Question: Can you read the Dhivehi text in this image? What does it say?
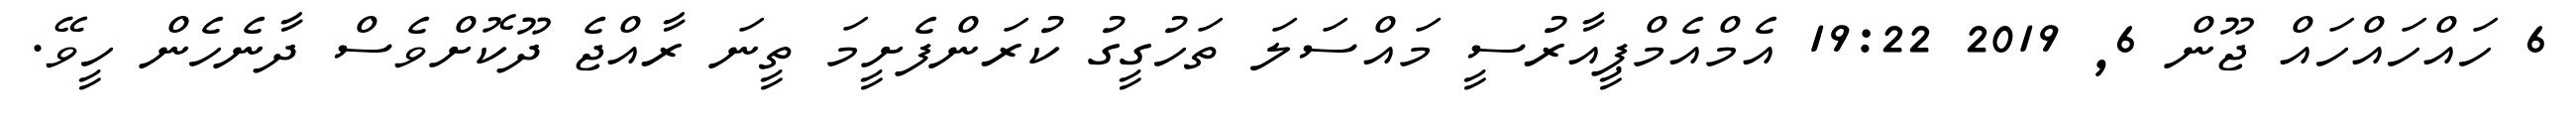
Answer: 6 ހައްހައްހައް ޖޫން 6, 2019 19:22 އެމްއެމްޕީއާރުސީ މައްސަލަ ތަހުގީގު ކުރަންފެށީމަ ތީނަ ރާއްޖެ ދޫކޮށްވެސް ދާނެހެން ހީވޭ.